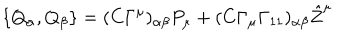
LaTeX: \{ Q _ { \alpha } , Q _ { \beta } \} = ( C \Gamma ^ { \mu } ) _ { \alpha \beta } P _ { \mu } + ( C \Gamma _ { \mu } \Gamma _ { 1 1 } ) _ { \alpha \beta } { \hat { Z } } ^ { \mu }